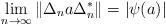
LaTeX: \begin{align*}\lim_{n\to\infty}\|\Delta_n a \Delta_n^*\|=|\psi(a)|\end{align*}